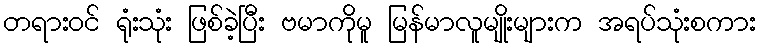
တရားဝင် ရုံးသုံး ဖြစ်ခဲ့ပြီး ဗမာကိုမူ မြန်မာလူမျိုးများက အရပ်သုံးစကား